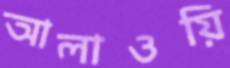
আলাওয়ি